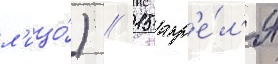
л'ицо́) // 15 апр'е́л'я